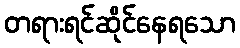
တရားရင်ဆိုင်နေရသော